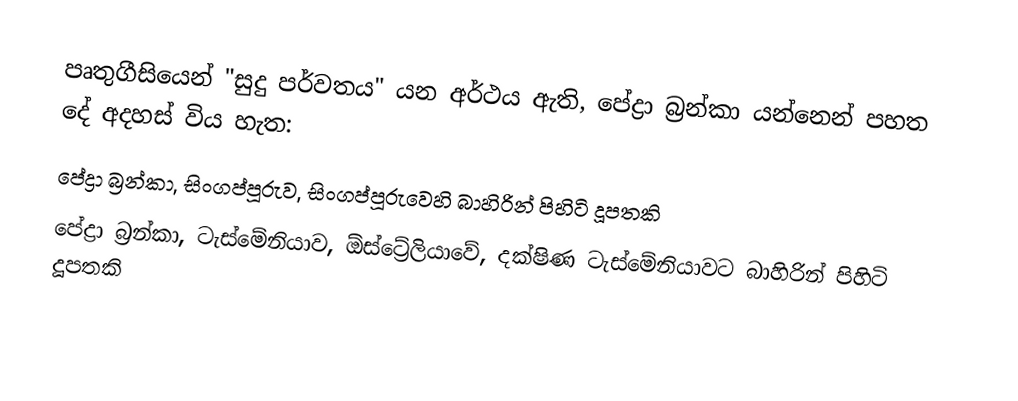
පෘතුගීසියෙන් "සුදු පර්වතය" යන අර්ථය ඇති,  පේද්‍රා බ්‍රන්කා යන්නෙන් පහත දේ අදහස් විය හැත:
 පේද්‍රා බ්‍රන්කා, සිංගප්පූරුව, සිංගප්පූරුවෙහි බාහිරින් පිහිටි දූපතකි
 පේද්‍රා බ්‍රන්කා, ටැස්මේනියාව, ඕස්ට්‍රේලියාවේ,  දක්ෂිණ ටැස්මේනියාවට බාහිරින් පිහිටි දූපතකි